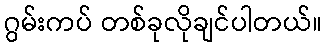
ဂွမ်းကပ် တစ်ခုလိုချင်ပါတယ်။